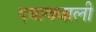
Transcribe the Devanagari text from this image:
दबाववाली